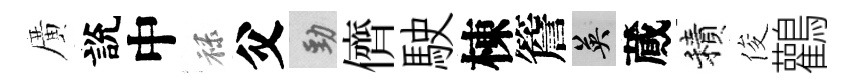
廣說中禄父勁儕駛棟簷英蕆積俊鸛